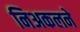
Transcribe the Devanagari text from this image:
निअकलने